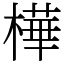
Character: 樺